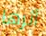
أثرها